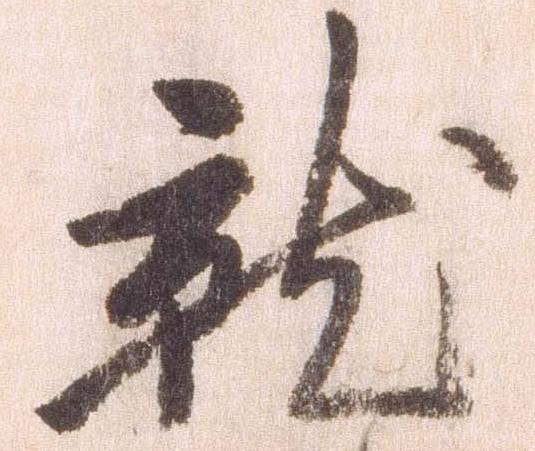
就